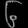
Digit: ၆